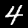
Digit: 4